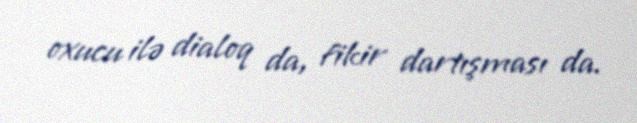
oxucu ilə dialoq da, fikir dartışması da.